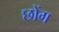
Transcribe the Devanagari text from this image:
छोंग